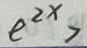
e ^ { 2 x } >